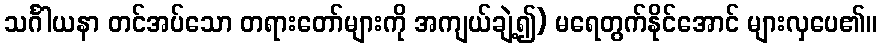
သင်္ဂါယနာ တင်အပ်သော တရားတော်များကို အကျယ်ချဲ့၍) မရေတွက်နိုင်အောင် များလှပေ၏။